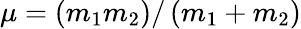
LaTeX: \mu=\left(m_{1}m_{2}\right)/\left(m_{1}+m_{2}\right)